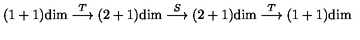
( 1 + 1 ) \mathrm { d i m } \stackrel { T } { \longrightarrow } ( 2 + 1 ) \mathrm { d i m } \stackrel { S } { \longrightarrow } ( 2 + 1 ) \mathrm { d i m } \stackrel { T } { \longrightarrow } ( 1 + 1 ) \mathrm { d i m }